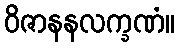
ဝိဇာနနလက္ခဏံ။